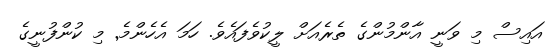
އައިސް މި ވަނީ އާންމުންގެ ތެރެއަށް ލީކުވެފައެވެ. ހަމަ އެހެންމެ